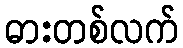
ဓားတစ်လက်